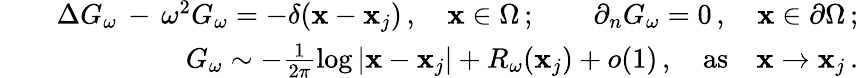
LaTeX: \begin{array}{rlr}&{}&{\Delta G_{\omega}\, -\, \omega^{2}G_{\omega}=-\delta({\mathbf x}-{\mathbf x}_{j})\, ,\quad{\mathbf x}\in\Omega\, ;\qquad\partial_{n}G_{\omega}=0\, ,\quad{\mathbf x}\in\partial\Omega\, ;}\\ &{}&{G_{\omega}\sim-\frac{1}{2\pi}\log|{\mathbf x}-{\mathbf x}_{j}|+R_{\omega}({\mathbf x}_{j})+o(1)\, ,\quad\mathrm{as}\quad{\mathbf x}\to{\mathbf x}_{j}\, .}\end{array}